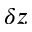
\delta z